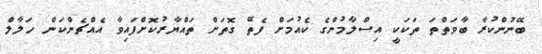
ބޭނުންކުރާ ބާވަތްތަ ތަކަކީ އިސްލާމުންގެ ކެއުމަށް ފެތޭ ގޮތަށް ތައްޔާރުކޮށްފައިވާ އެއްޗެންކަން ހަލާލް